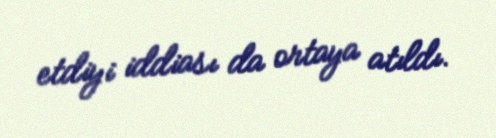
etdiyi iddiası da ortaya atıldı.